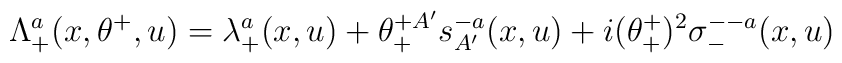
\Lambda^a_+(x,\theta^+,u) = \lambda^a_+(x,u) + \theta^{+A'}_+s^{-a}_{A'}(x,u)+i(\theta^+_+)^2  \sigma^{--a}_{-}(x,u)\;